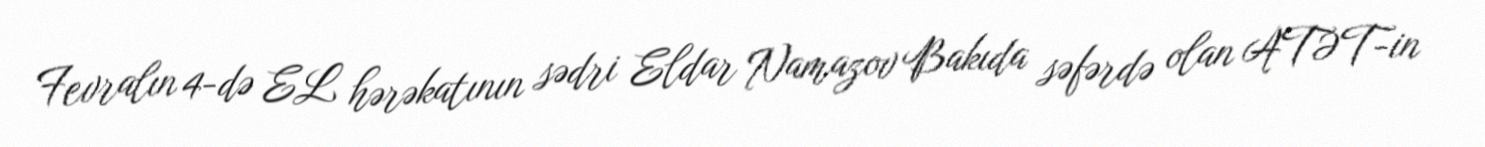
Fevralın 4-də EL hərəkatının sədri Eldar Namazov Bakıda səfərdə olan ATƏT-in